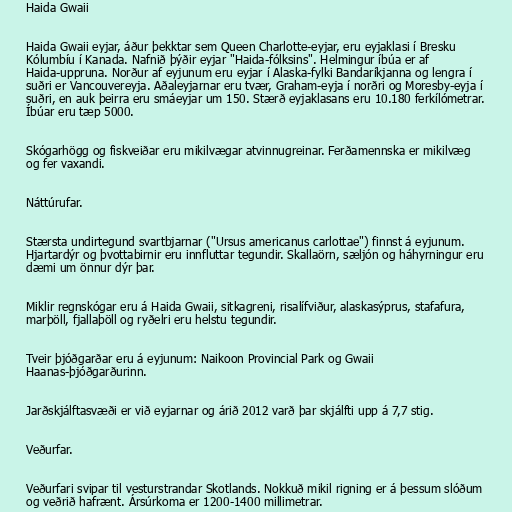
Haida Gwaii

Haida Gwaii eyjar, áður þekktar sem Queen Charlotte-eyjar, eru eyjaklasi í Bresku
Kólumbíu í Kanada. Nafnið þýðir eyjar "Haida-fólksins". Helmingur íbúa er af
Haida-uppruna. Norður af eyjunum eru eyjar í Alaska-fylki Bandaríkjanna og lengra í
suðri er Vancouvereyja. Aðaleyjarnar eru tvær, Graham-eyja í norðri og Moresby-eyja í
suðri, en auk þeirra eru smáeyjar um 150. Stærð eyjaklasans eru 10.180 ferkílómetrar.
Íbúar eru tæp 5000.

Skógarhögg og fiskveiðar eru mikilvægar atvinnugreinar. Ferðamennska er mikilvæg
og fer vaxandi.

Náttúrufar.

Stærsta undirtegund svartbjarnar ("Ursus americanus carlottae") finnst á eyjunum.
Hjartardýr og þvottabirnir eru innfluttar tegundir. Skallaörn, sæljón og háhyrningur eru
dæmi um önnur dýr þar.

Miklir regnskógar eru á Haida Gwaii, sitkagreni, risalífviður, alaskasýprus, stafafura,
marþöll, fjallaþöll og ryðelri eru helstu tegundir.

Tveir þjóðgarðar eru á eyjunum: Naikoon Provincial Park og Gwaii
Haanas-þjóðgarðurinn.

Jarðskjálftasvæði er við eyjarnar og árið 2012 varð þar skjálfti upp á 7,7 stig.

Veðurfar.

Veðurfari svipar til vesturstrandar Skotlands. Nokkuð mikil rigning er á þessum slóðum
og veðrið hafrænt. Ársúrkoma er 1200-1400 millimetrar.